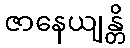
ဇာနေယျန္တိ